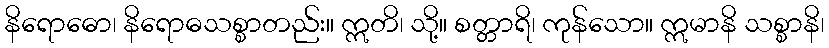
နိရောဓော၊ နိရောဓသစ္စာတည်း။ ဣတိ၊ သို့။ စတ္တာရိ၊ ကုန်သော။ ဣမာနိ သစ္စာနိ၊